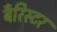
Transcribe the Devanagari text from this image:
बँरिस्टर